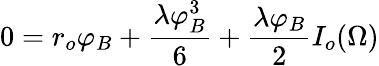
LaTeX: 0=r_{o}\varphi_{B}+{\frac{\lambda\varphi_{B}^{3}}{6}}+{\frac{\lambda\varphi_{B}}{2}}I_{o}(\Omega)